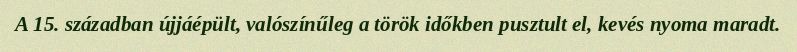
A 15. században újjáépült, valószínűleg a török időkben pusztult el, kevés nyoma maradt.